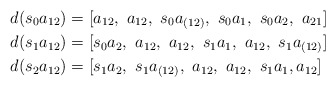
\begin{align*} d(s_0 a_{12})&= [a_{12},\ a_{12},\ s_0 a_{(12)},\ s_0 a_1, \ s_0 a_2,\ a_{21}] \\ d(s_1 a_{12})&= [s_0 a_2,\ a_{12} ,\ a_{12},\ s_1 a_1,\ a_{12},\ s_1 a_{(12)}] \\ d(s_2 a_{12})&= [s_1 a_{2},\ s_1 a_{(12)},\ a_{12}, \ a_{12}, \ s_1 a_1, a_{12}] \end{align*}